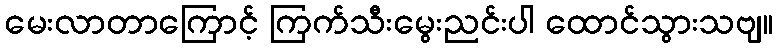
မေးလာတာကြောင့် ကြက်သီးမွေးညင်းပါ ထောင်သွားသဗျ။